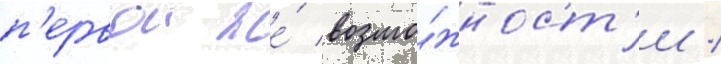
п'ервои же́ возмо́жност'и /